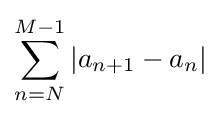
\sum _{n=N}^{M-1}|a_{n+1}-a_{n}|